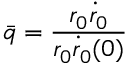
\bar { q } = \frac { r _ { 0 } \dot { r } _ { 0 } } { r _ { 0 } \dot { r } _ { 0 } ( 0 ) }